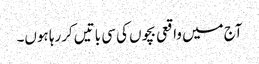
آج میں واقعی بچوں کی سی باتیں کررہا ہوں۔